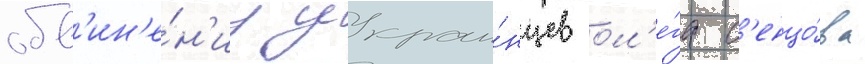
обв'ин'е́н'иу украи́нцев ол'е́га с'енцо́ва